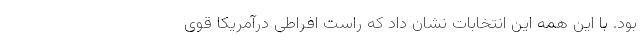
بود. با این همه این انتخابات نشان داد که راست افراطی درآمریکا قوی